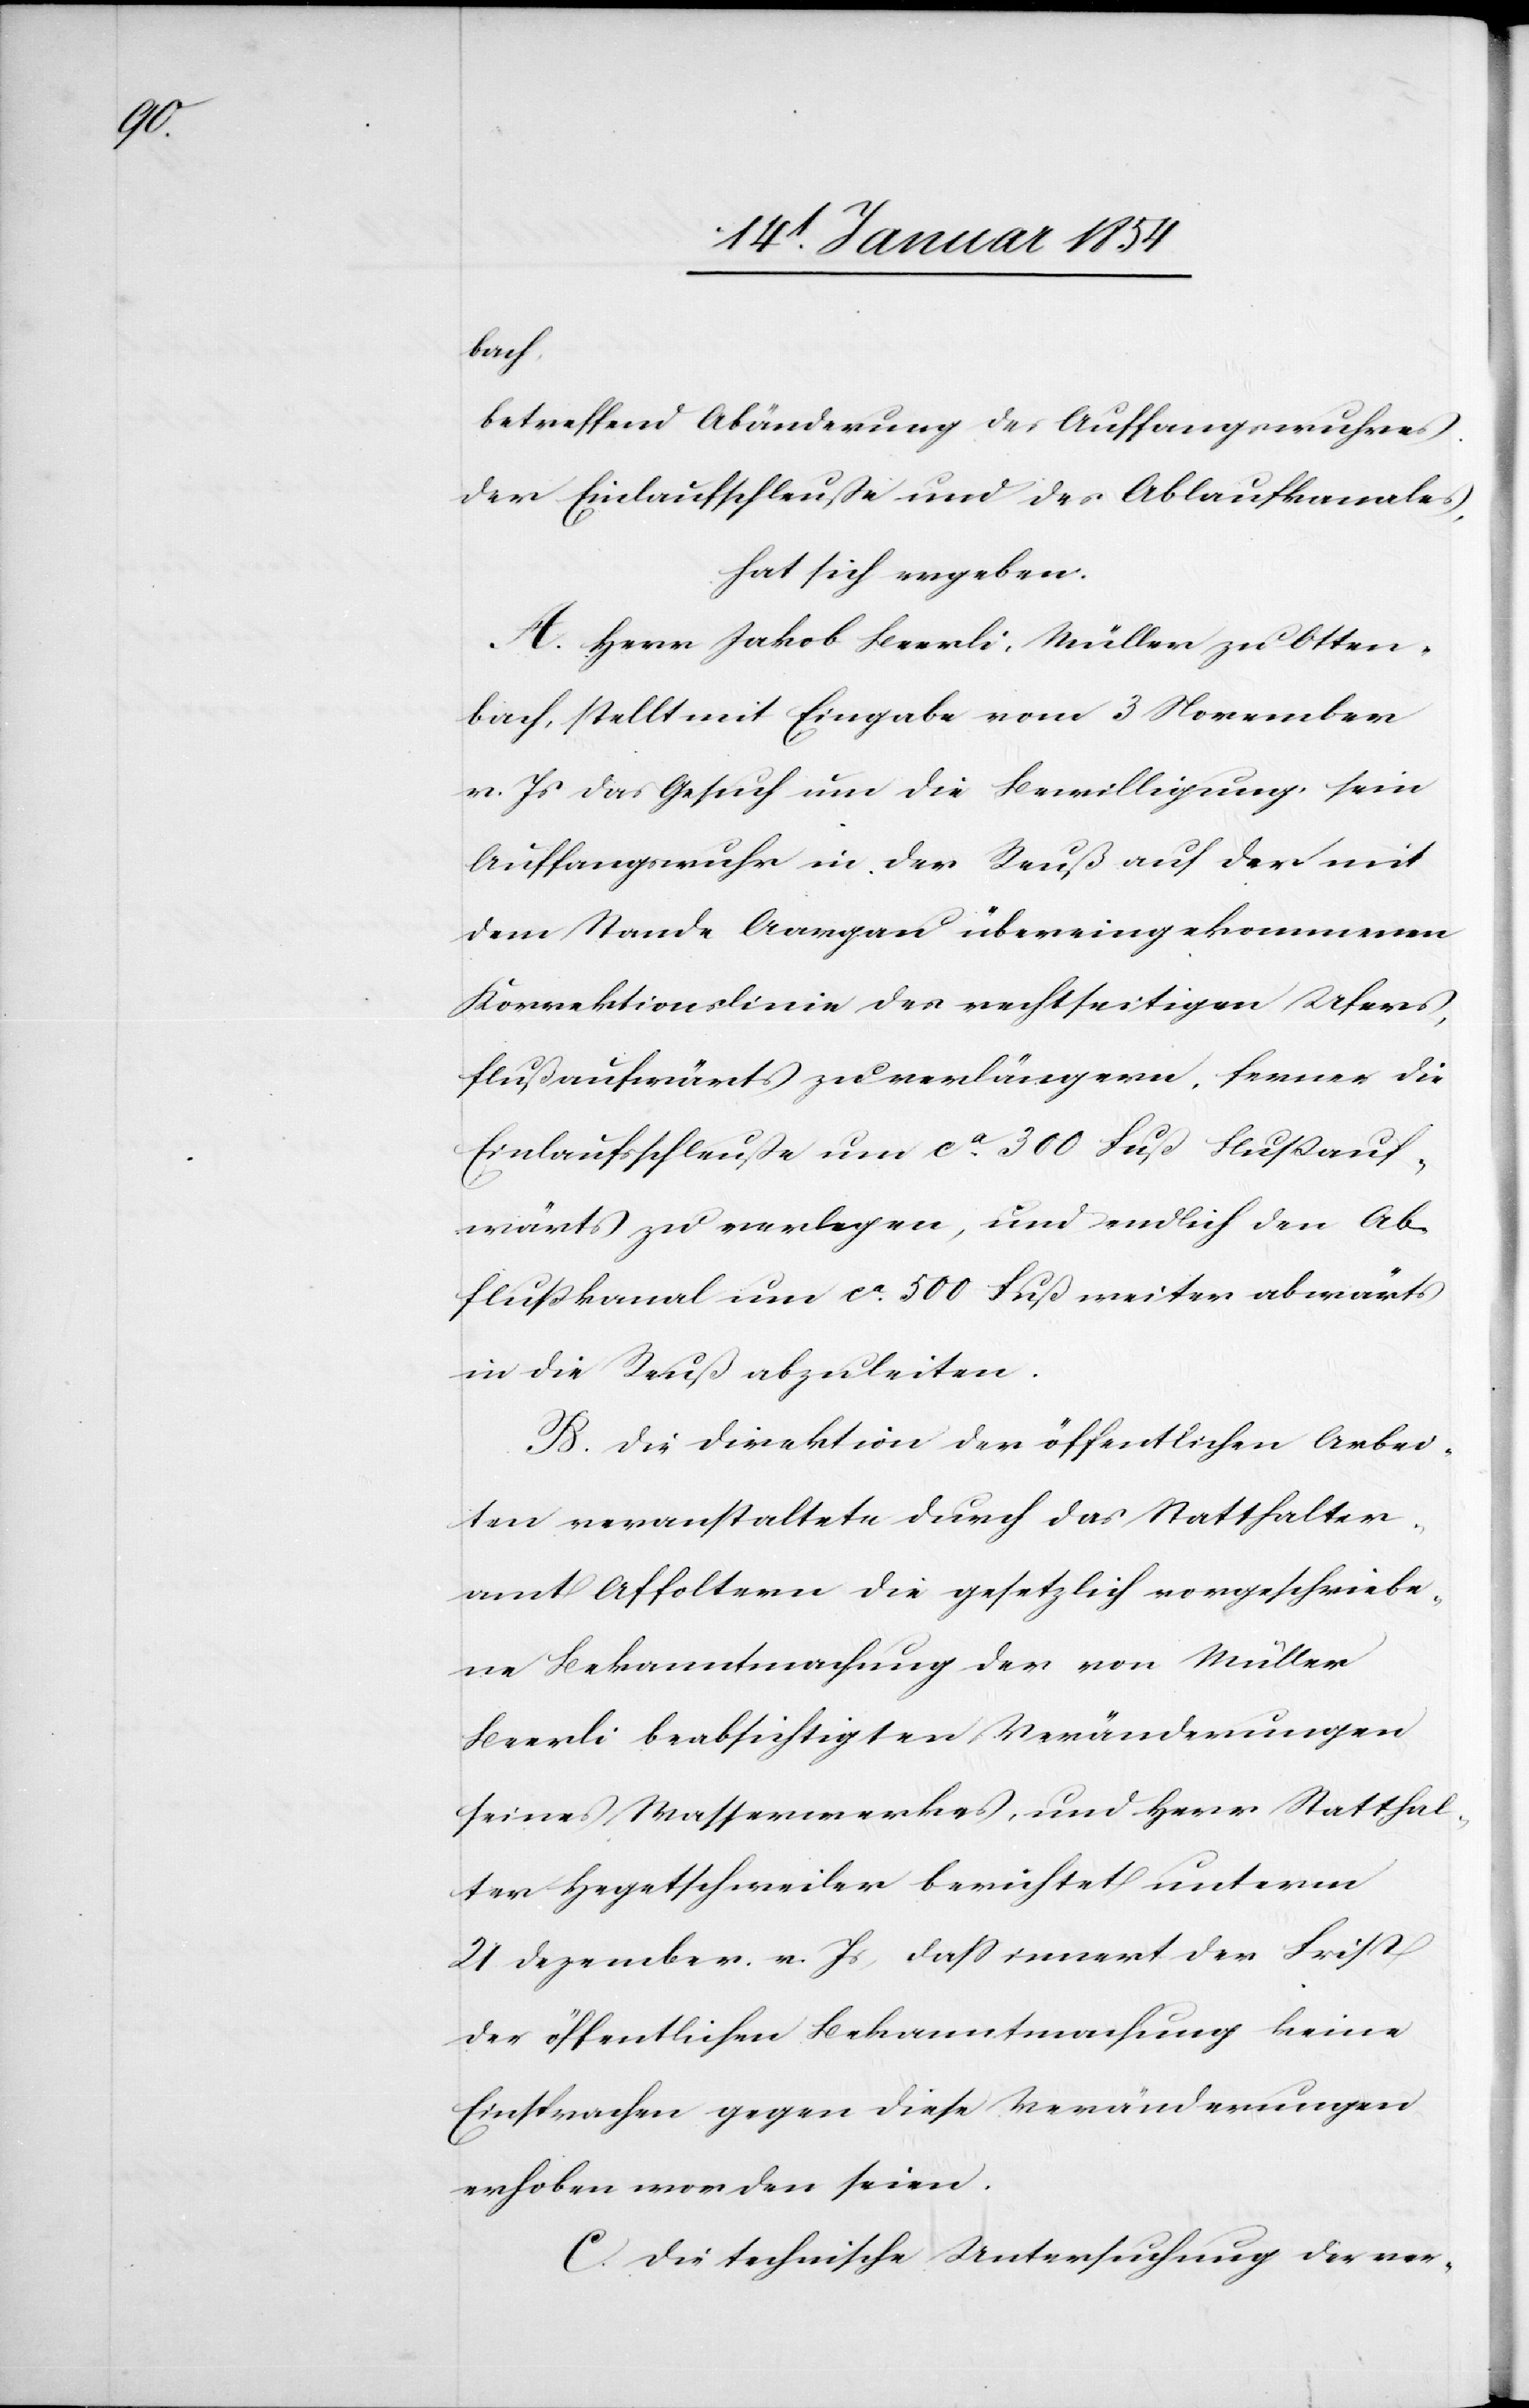
bach,
betreffend Abänderung des Auffangswuhres
der Einlaufschleuße und des Ablaufkanales,
hat sich ergeben:
A. Herr Jakob Beerli, Müller zu Otten¬
bach, stellt mit Eingabe vom 3 November
v. Js das Gesuch um die Bewilligung, sein
Auffangswuhr in der Reuß auf der mit
dem Stande Aargau übereingekommenen
Korrektionslinie des rechtseitigen Ufers,
flußaufwärts zu verlängern, ferner die
Einlaufsschleuße um ca 300 Fuß flußauf¬
wärts zu verlegen, und endlich den Ab¬
flußkanal um ca 500 Fuß weiter abwärts
in die Reuß abzuleiten.
B. Die Direktion der öffentlichen Arbei¬
ten veranstaltete durch das Statthalter¬
amt Affoltern die gesetzlich vorgeschriebe¬
ne Bekanntmachung der von Müller
Beerli beabsichtigen Veränderungen
seines Wasserwerkes, und Herr Statthal¬
ter Hegetschweiler berichtet unterm
21 Dezember. v. Js, daß innert der Frist
der öffentlichen Bekanntmachung keine
Einsprachen gegen diese Veränderungen
erhoben worden seien.
C. Die technische Untersuchung der ver-